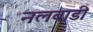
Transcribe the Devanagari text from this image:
नलबाडी